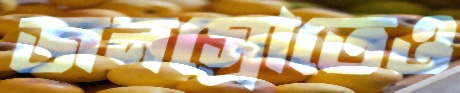
জনস্রোতেও